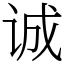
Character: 诚